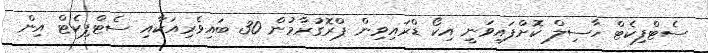
ސެޓްފިކެޓް ހާސިލް ކޮށްފައިވަނީ އިކޯ ޑްރައިވިން ޕްރޮގުރާމުން 30 ބައިވެރިއަކާއި ސެޓްފިކެޓް އިން